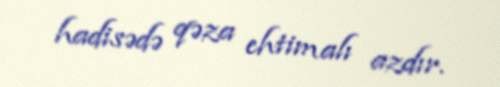
hadisədə qəza ehtimalı azdır.